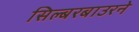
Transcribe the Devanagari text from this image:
सिल्बरबाउरने